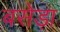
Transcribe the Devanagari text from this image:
बसेड़ा